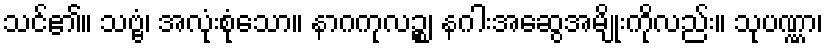
သင်၏။ သဗ္ဗံ၊ အလုံးစုံသော။ နာဂကုလဉ္စ၊ နဂါးအဆွေအမျိုးကိုလည်း။ သုပဏ္ဏာ၊